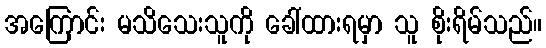
အကြောင်း မသိသေးသူကို ခေါ်ထားရမှာ သူ စိုးရိမ်သည်။